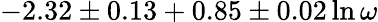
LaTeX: -2.32\pm 0.13+0.85\pm 0.02\ln\omega